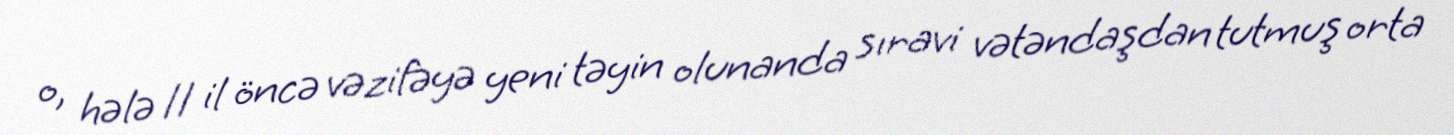
o, hələ 11 il öncə vəzifəyə yeni təyin olunanda sıravi vətəndaşdan tutmuş orta